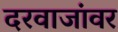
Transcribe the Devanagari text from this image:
दरवाजांवर